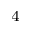
^ { 4 }